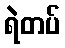
ရဲတပ်